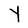
Character: Y